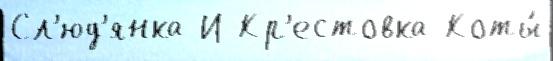
Сл'юд'янка И Кр'естовка Коты́